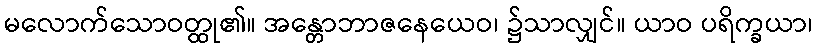
မလောက်သောဝတ္ထု၏။ အန္တောဘာဇနေယေဝ၊ ၌သာလျှင်။ ယာဝ ပရိက္ခယာ၊